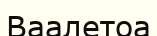
Ваалетоа